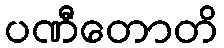
ပဏီတောတိ